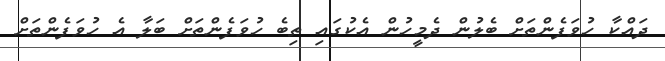
ދައްކާ ހުވަފެންތަށް ބެލުން ދެމީހުން އެކުގައި ތިބެ ހުވަފެންތަށް ބަލާ އެ ހުވަފެންތަށް